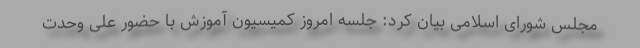
مجلس شورای اسلامی بیان کرد: جلسه امروز کمیسیون آموزش با حضور علی وحدت